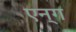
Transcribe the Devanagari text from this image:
एन्ग